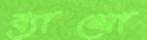
ব্যাম্বো